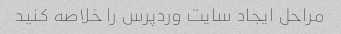
مراحل ایجاد سایت وردپرس را خلاصه کنید